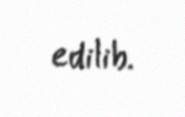
edilib.